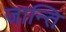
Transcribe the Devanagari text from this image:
जान्ति